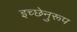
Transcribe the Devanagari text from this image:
इच्छेनुरूप